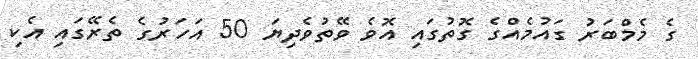
ގެ މެމްބަރު ގައުމެއްގެ ގޮތުގައި އޮވެ ވޭތުވެދިޔަ 50 އަހަރުގެ ތެރޭގައި އެކި